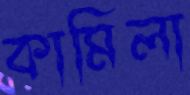
কামিলা